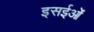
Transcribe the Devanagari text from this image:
इसईओं